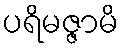
ပရိမဇ္ဇာမိ